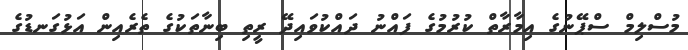
މުސްލިމް ސްޕޭނުގެ އިމާރާތް ކުރުމުގެ ފައްނު ދައްކުވައިދޭ ރީތި ބިނާތަކުގެ ތެރެއިން އަޅުގަނޑުގެ